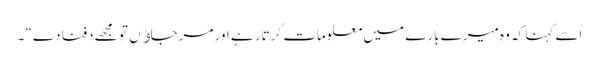
اُسے کہنا کہ وہ میرے بارے میں معلومات کرتار ہے اور مرجاﺅں تو مجھے دفنا دے“ ۔